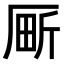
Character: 𫨍